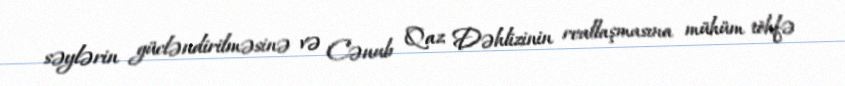
səylərin gücləndirilməsinə və Cənub Qaz Dəhlizinin reallaşmasına mühüm töhfə